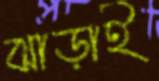
ঝাড়াই